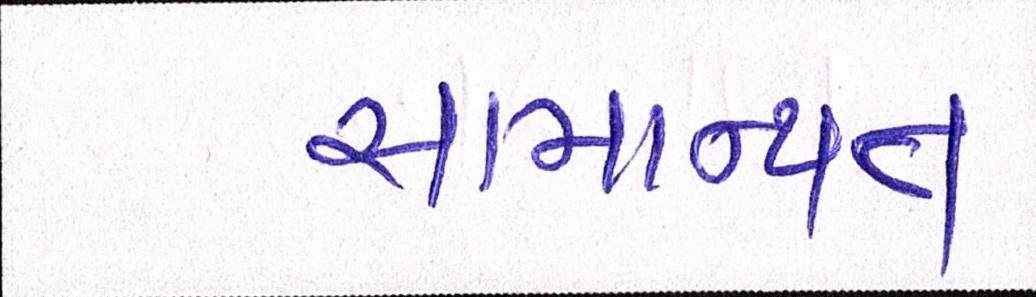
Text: સામાન્યતઃ